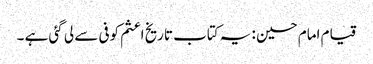
قیام امام حسین : یہ کتاب تاریخ اعثم کوفی سے لی گئی ہے ۔